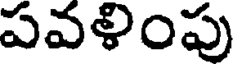
పవళింపు